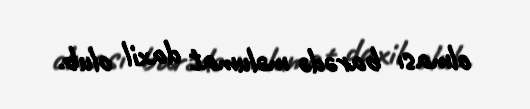
olması barədə məlumat daxil olub.